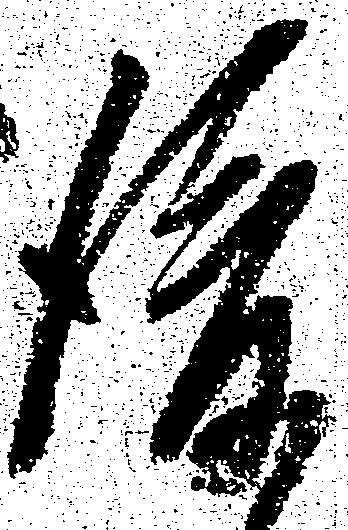
後